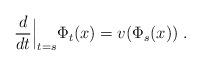
LaTeX: \begin{align*} \frac{d}{dt}\Big|_{t=s} \Phi_t(x)=v(\Phi_s(x)) \;.\end{align*}